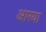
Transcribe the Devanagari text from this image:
आरया